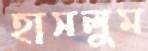
হাসলুম